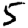
Digit: 5